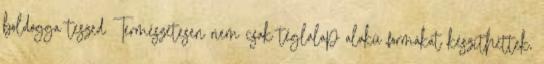
boldoggá teszed Természetesen nem csak téglalap alakú formákat készíthettek,